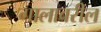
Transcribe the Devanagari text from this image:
गालावरील